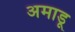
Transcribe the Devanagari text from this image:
अमाडू